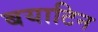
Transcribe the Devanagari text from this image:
बयाटिन